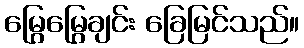
မြွေမြွေချင်း ခြေမြင်သည်။